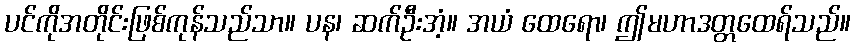
ပင်ကိုအတိုင်းဖြစ်ကုန်သည်သာ။ ပန၊ ဆက်ဦးအံ့။ အယံ ထေရော၊ ဤမဟာဒတ္တထေရ်သည်။